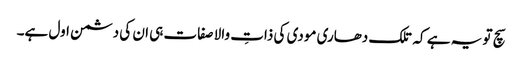
سچ تو یہ ہے کہ تلک دھاری مودی کی ذاتِ والا صفات ہی ان کی دشمن اول ہے۔